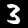
Label: 3